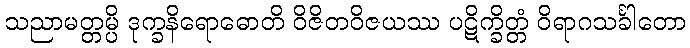
သညာမတ္တမ္ပိ ဒုက္ခနိရောဓောတိ ဝိဇိတဝိဇယဿ ပဋိက္ခိတ္တံ ဝိရာဂသင်္ခါတော